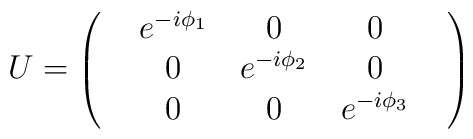
U=\left( \matrix { &e^{-i\phi_1}   &0         &0 \cr &0&e^{-i\phi_2}   &0\cr &0            &0            &e^{-i\phi_3}&\cr}\right)